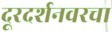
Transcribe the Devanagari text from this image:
दूरदर्शनवरचा